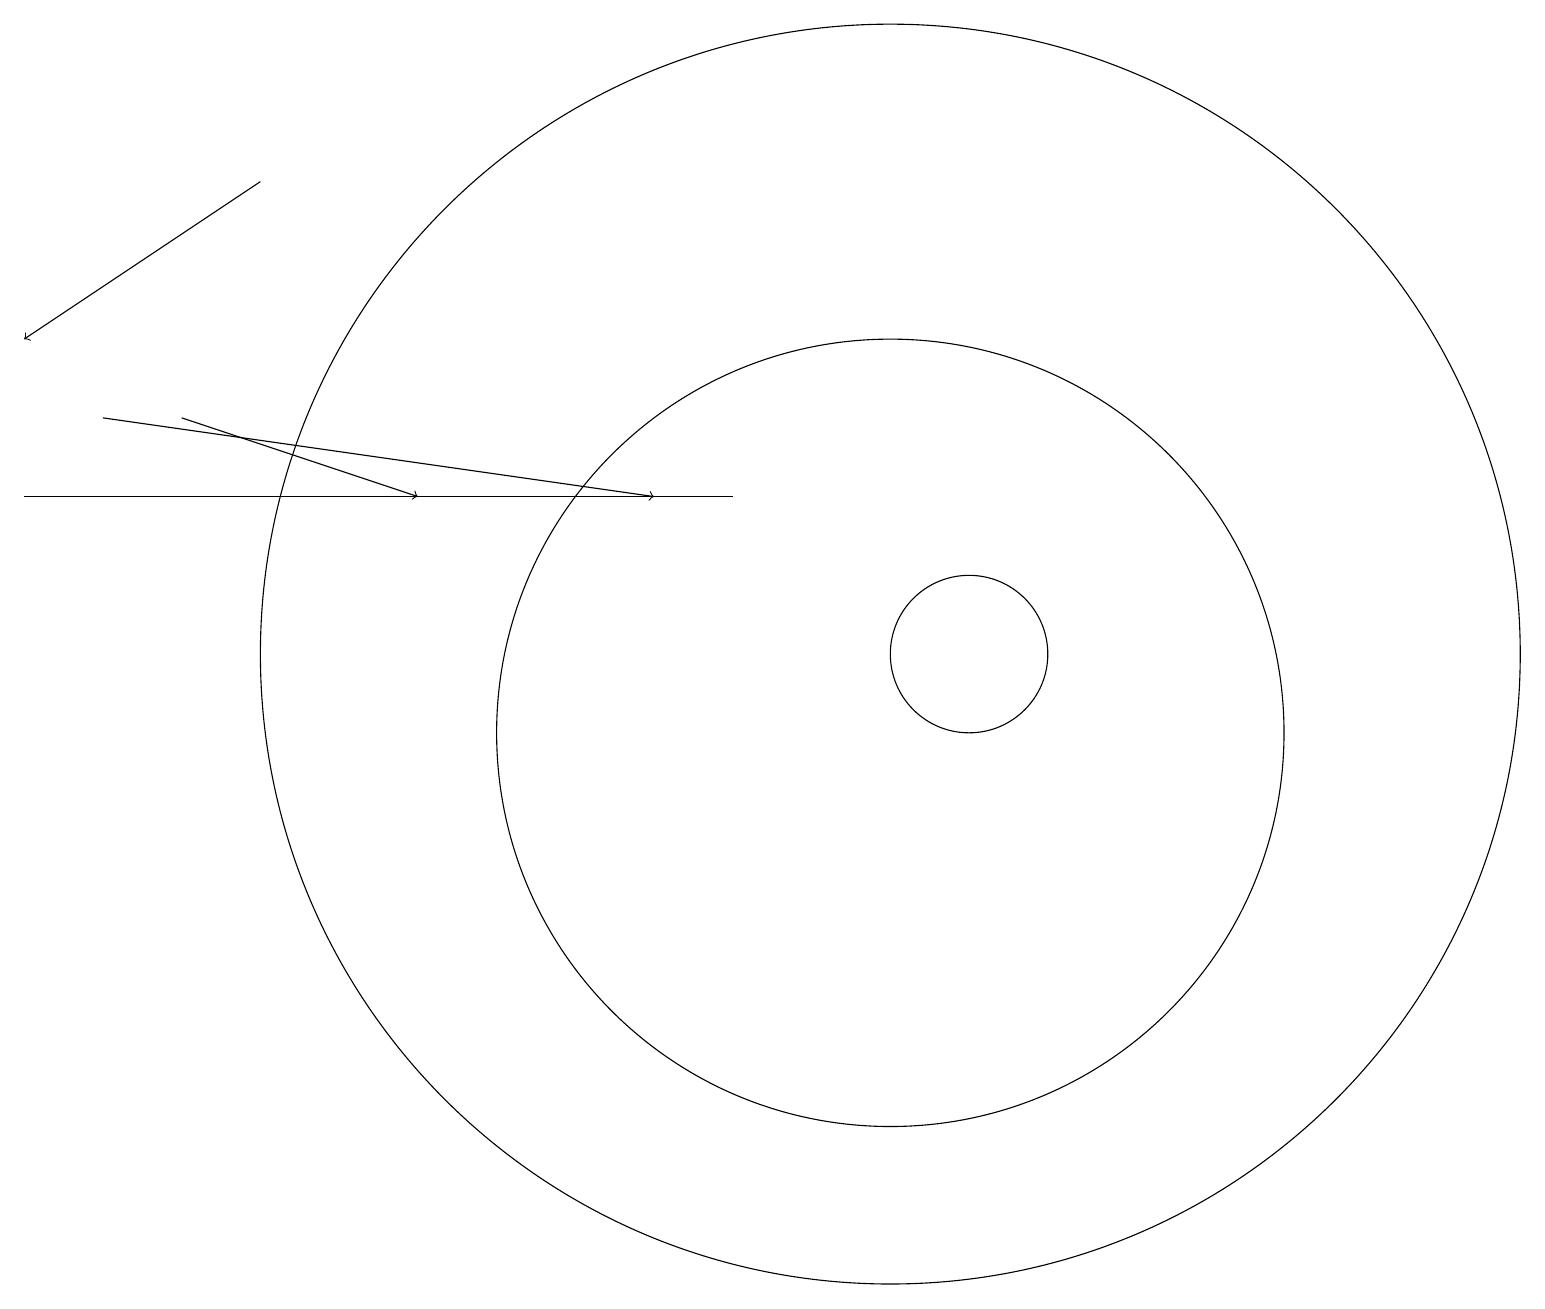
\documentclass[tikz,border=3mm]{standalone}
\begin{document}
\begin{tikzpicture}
\draw[->] (3,17) -- (0,15);
\draw[->] (2,14) -- (5,13);
\draw[->] (1,14) -- (8,13);
\draw (9,13) rectangle (0,13);
\draw (11,10) circle (5);
\draw (12,11) circle (1);
\draw (11,11) circle (8);
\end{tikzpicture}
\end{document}